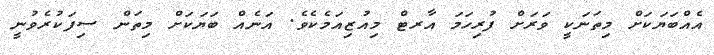
އެއްބަޔަކަށް މިތަނަކީ ވަރަށް ފުރިހަމަ އާރޓް މިއުޒިއަމެކެވެ. އަނެއް ބަޔަކަށް މިތަން ސިފަކުރެވުނީ